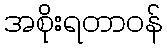
အစိုးရတာဝန်